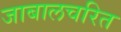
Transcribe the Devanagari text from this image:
जाबालचरित